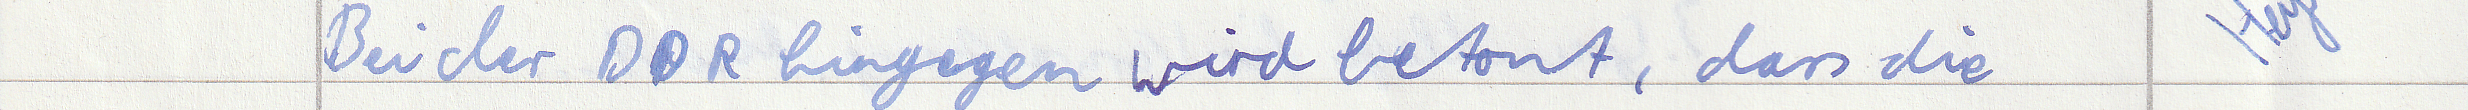
Bei der DDR hingegen wird betont, dass die